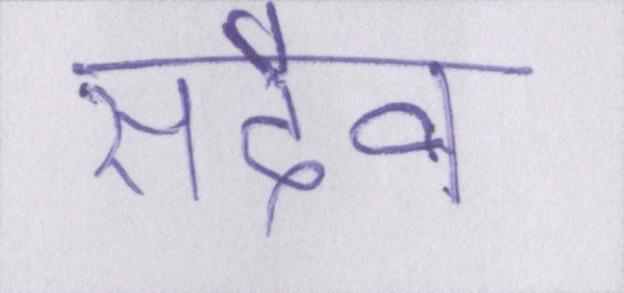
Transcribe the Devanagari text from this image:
सदैव